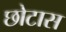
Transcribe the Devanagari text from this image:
छोटास